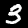
Label: 3